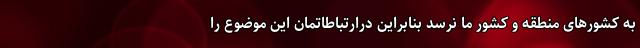
به کشورهای منطقه و کشور ما نرسد بنابراین درارتباطاتمان این موضوع را